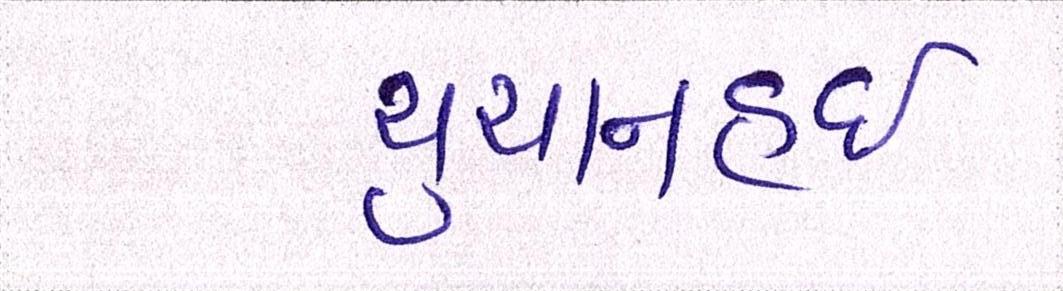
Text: યુયાનહુઈ